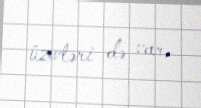
üzvləri də var.